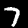
Digit: 7